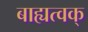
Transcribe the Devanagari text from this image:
बाह्यत्वक्